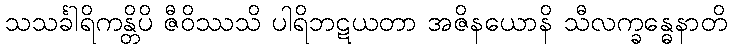
သသင်္ခါရိကန္တိပိ ဇီဝိဿသိ ပါရိဘဋယတာ အဇိနယောနိ သီလက္ခန္ဓေနာတိ